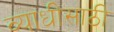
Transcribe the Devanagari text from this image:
व्याधीसाठी